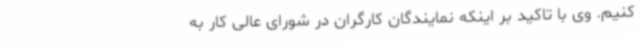
کنیم. وی با تاکید بر اینکه نمایندگان کارگران در شورای عالی کار به